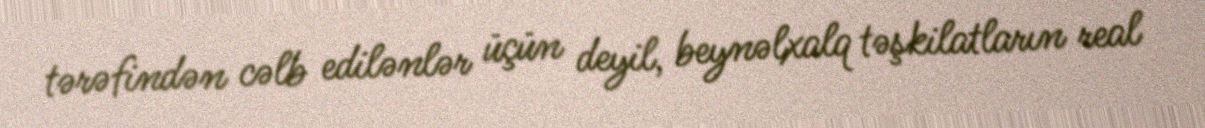
tərəfindən cəlb edilənlər üçün deyil, beynəlxalq təşkilatların real